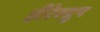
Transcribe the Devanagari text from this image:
हीरेस्ग्रुप